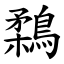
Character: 鶔